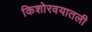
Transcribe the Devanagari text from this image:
किशोरवयातली